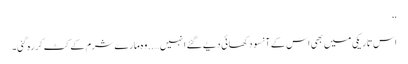
‘‘
اس تاریکی میں بھی اس کے آنسو دکھائی دیے گئے انہیں…..وہ مارے شرم کے کٹ کر رہ گئی۔